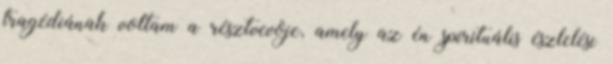
tragédiának voltam a résztvevõje, amely az én spirituális észlelési